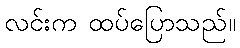
လင်းက ထပ်ပြောသည်။